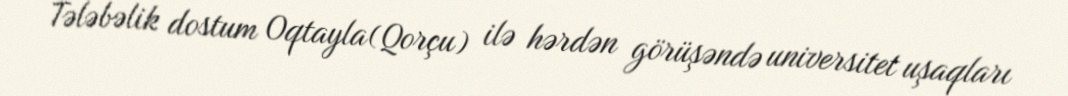
Tələbəlik dostum Oqtayla(Qorçu) ilə hərdən görüşəndə universitet uşaqları